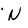
Character: N